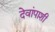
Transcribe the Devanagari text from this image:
देवांपाशी